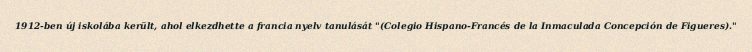
1912-ben új iskolába került, ahol elkezdhette a francia nyelv tanulását "(Colegio Hispano-Francés de la Inmaculada Concepción de Figueres)."